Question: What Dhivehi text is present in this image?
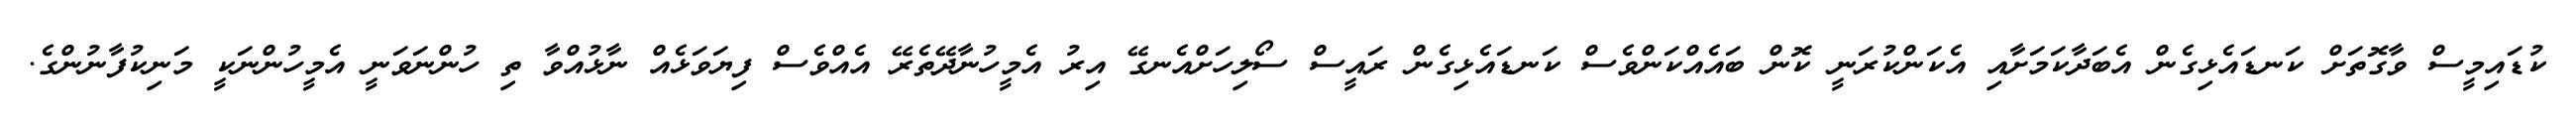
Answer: ކުޑައިމީސް ވާގޮތަށް ކަނޑައެޅިގެން އެބަދާކަމަށާއި އެކަންކުރަނީ ކޮން ބައެއްކަންވެސް ކަނޑައެޅިގެން ރައީސް ސޯލިހަށްއެނގޭ އިރު އެމީހުނާދޭތެރޭ އެއްވެސް ފިޔަވަޅެއް ނާޅުއްވާ ތި ހުންނަވަނީ އެމީހުންނަކީ މަނިކުފާނުންގެ.